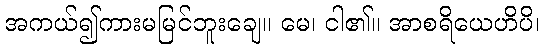
အကယ်၍ကားမမြင်ဘူးချေ။ မေ၊ ငါ၏။ အာစရိယေဟိပိ၊